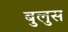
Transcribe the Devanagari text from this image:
बुलुस